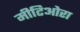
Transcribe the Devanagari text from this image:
मीटिओरा